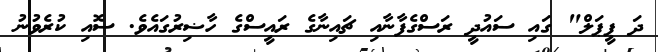
ދަ ޕީޕަލް" ގައި ސައުދީ ރަސްގެފާނާއި ޗައިނާގެ ރައީސްގެ ހާޟިރުގައެވެ. ސޮއި ކުރެވުނު